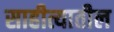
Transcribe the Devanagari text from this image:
साहीत्यातील